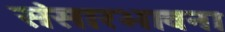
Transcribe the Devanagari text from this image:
संसारभावना